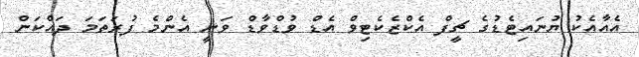
އެއާއެކު ޔުނައިޓެޑުގެ ޗީފް އެކްޒެކެޓިވް އެޑް ވުޑްވާޑް ވަނީ އެންމެ ފުރަތަމަ ދައްކަން